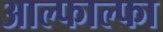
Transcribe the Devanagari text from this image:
आल्फाल्फा